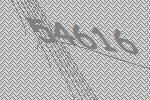
54616